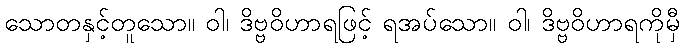
သောတနှင့်တူသော။ ဝါ၊ ဒိဗ္ဗဝိဟာရဖြင့် ရအပ်သော။ ဝါ၊ ဒိဗ္ဗဝိဟာရကိုမှီ